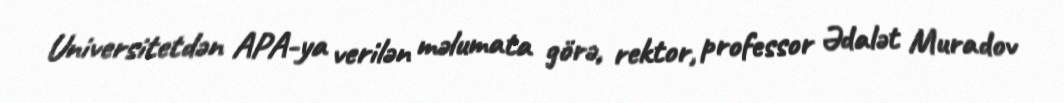
Universitetdən APA-ya verilən məlumata görə, rektor, professor Ədalət Muradov